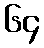
၆၄